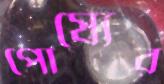
পোষ্যের